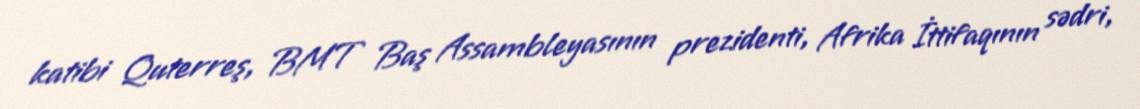
katibi Quterreş, BMT Baş Assambleyasının prezidenti, Afrika İttifaqının sədri,